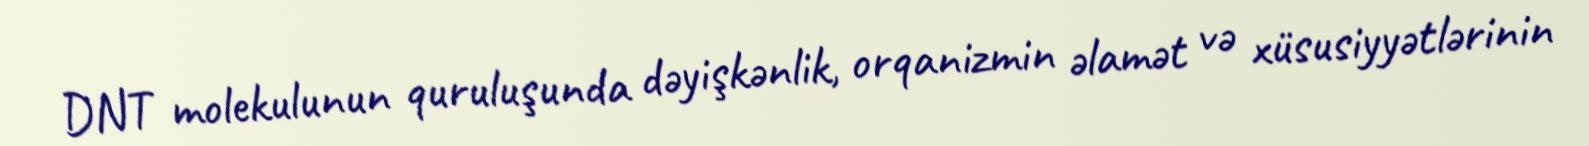
DNT molekulunun quruluşunda dəyişkənlik, orqanizmin əlamət və xüsusiyyətlərinin